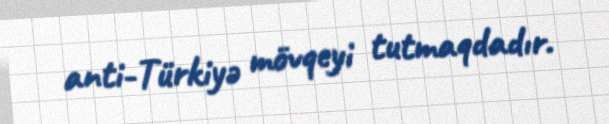
anti-Türkiyə mövqeyi tutmaqdadır.